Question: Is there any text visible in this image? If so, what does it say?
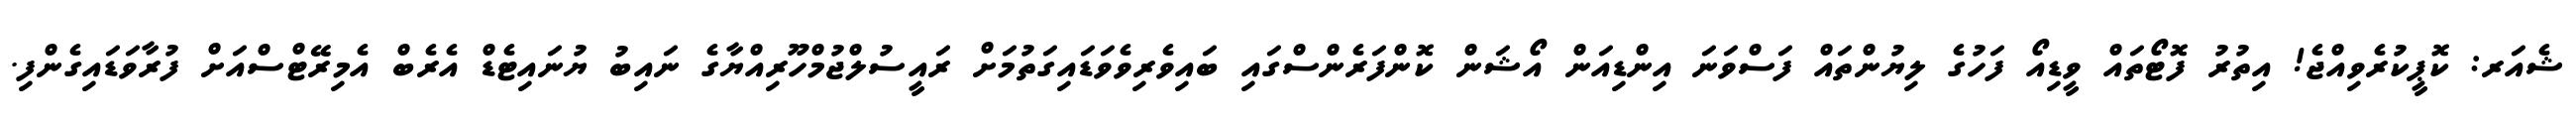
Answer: ޝެއަރ: ކޮޕީކުރެވިއްޖެ! އިތުރު ފޮޓޯތައް ވީޑިއޯ ފަހުގެ ލިޔުންތައް ފަސްވަނަ އިންޑިއަން އޯޝަން ކޮންފަރެންސްގައި ބައިވެރިވެވަޑައިގަތުމަށް ރައީސުލްޖުމްހޫރިއްޔާގެ ނައިބު ޔުނައިޓެޑް އެރެބް އެމިރޭޓްސްއަށް ފުރާވަޑައިގެންފި.